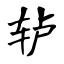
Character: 轳